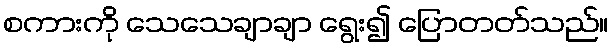
စကားကို သေသေချာချာ ရွေး၍ ပြောတတ်သည်။